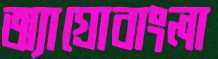
অ্যাগ্রোবাংলা